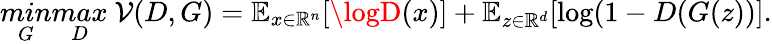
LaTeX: \mathop{min}_{G}\mathop{max}_{D}~\mathcal{V}(D,G)=\mathbb{{E}}_{x\in\mathbb{{R}}^{n}}[\logD(x)]+\mathbb{{E}}_{z\in\mathbb{{R}}^{d}}[\log(1-D(G(z))].